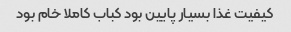
کیفیت غذا بسیار پایین بود کباب کاملا خام بود